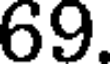
69.